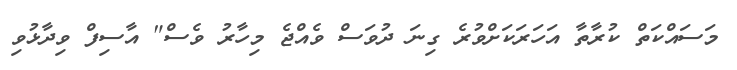
މަސައްކަތް ކުރާތާ އަހަރަކަށްވުރެ ގިނަ ދުވަސް ވެއްޖެ މިހާރު ވެސް" އާސިފް ވިދާޅުވި